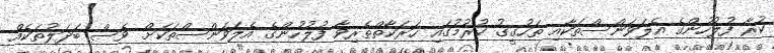
ކުރާ ފުލުހުންގެ އެލަވަންސްތަކާއި ތަހުގީގު ކުރުމުގައި ހަރަކާތްތެރިވާ ފުލުހުންގެ އެލަވަންސްތަކަށް ވެސް ބަދަލުތަކެއް